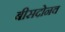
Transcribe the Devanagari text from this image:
बीसदोनव